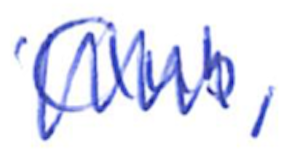
Text: Club,
Cross-out: zig-zag
Writing tool: ballpoint